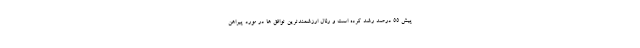
پیش 55 درصد رشد کرده است و رئال ارزشمندترین توافق ها در مورد پیراهن